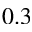
0 . 3